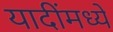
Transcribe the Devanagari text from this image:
यादींमध्ये